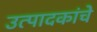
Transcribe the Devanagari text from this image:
उत्पादकांचे